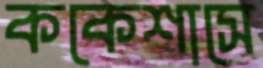
ককেশাসে